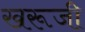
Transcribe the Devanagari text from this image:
खरूजी